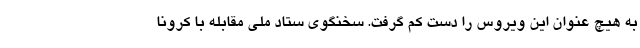
به هیچ عنوان این ویروس را دست کم گرفت. سخنگوی ستاد ملی مقابله با کرونا